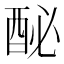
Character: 𨠔